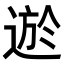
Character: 𨔆